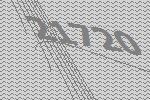
21720